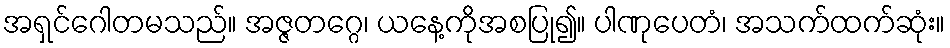
အရှင်ဂေါတမသည်။ အဇ္ဇတဂ္ဂေ၊ ယနေ့ကိုအစပြု၍။ ပါဏုပေတံ၊ အသက်ထက်ဆုံး။